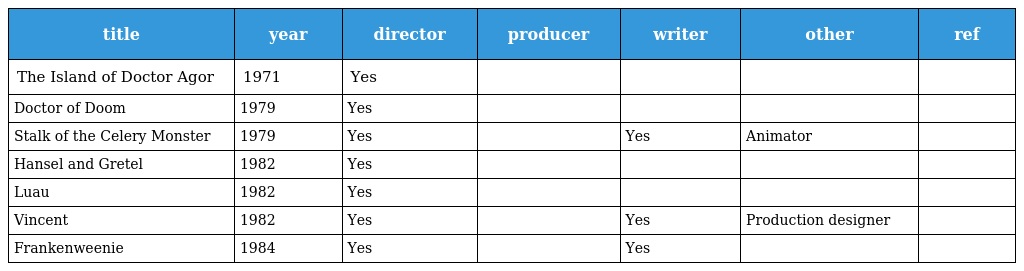
| title | year | director | producer | writer | other | ref |
 | --- | --- | --- | --- | --- | --- | --- |
 | The Island of Doctor Agor | 1971 | Yes |  |  |  |  |
 | Doctor of Doom | 1979 | Yes |  |  |  |  |
 | Stalk of the Celery Monster | 1979 | Yes |  | Yes | Animator |  |
 | Hansel and Gretel | 1982 | Yes |  |  |  |  |
 | Luau | 1982 | Yes |  |  |  |  |
 | Vincent | 1982 | Yes |  | Yes | Production designer |  |
 | Frankenweenie | 1984 | Yes |  | Yes |  |  |